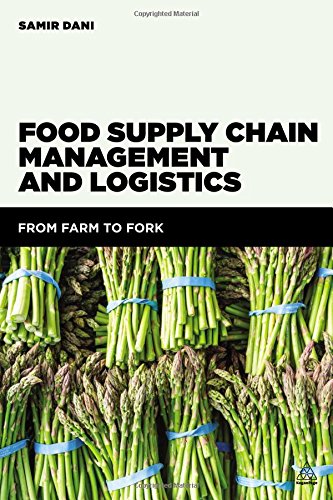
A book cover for Food Supply Chain Management and Logistics: From Farm to Fork; Samir Dani; Cookbooks, Food & Wine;